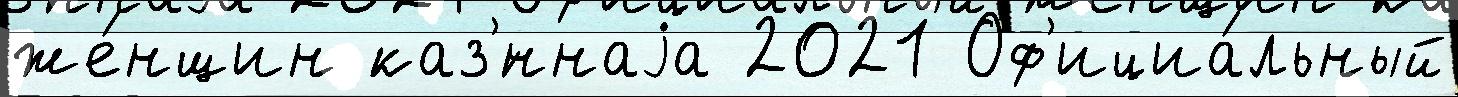
же́нщин каз'́ннаjа 2021 Оф'ициа́льный